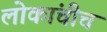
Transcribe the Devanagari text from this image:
लोकांचीच